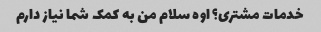
خدمات مشتری؟ اوه سلام من به کمک شما نیاز دارم